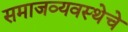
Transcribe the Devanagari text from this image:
समाजव्‍यवस्‍थेचे